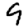
Digit: 9